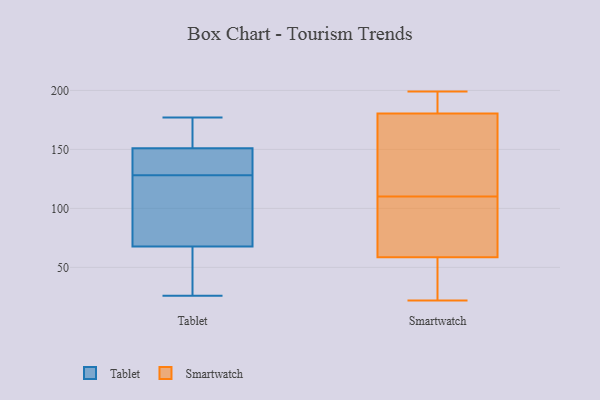
{"axis": {"x": "Customer Acquisition Cost (USD)", "y": "Value"}, "legend": ["Smartwatch", "Tablet"], "data": [{"x": "", "y": 128, "type": "Tablet"}, {"x": "", "y": 150, "type": "Tablet"}, {"x": "", "y": 173, "type": "Tablet"}, {"x": "", "y": 113, "type": "Tablet"}, {"x": "", "y": 47, "type": "Tablet"}, {"x": "", "y": 177, "type": "Tablet"}, {"x": "", "y": 146, "type": "Tablet"}, {"x": "", "y": 49, "type": "Tablet"}, {"x": "", "y": 74, "type": "Tablet"}, {"x": "", "y": 119, "type": "Tablet"}, {"x": "", "y": 26, "type": "Tablet"}, {"x": "", "y": 150, "type": "Tablet"}, {"x": "", "y": 154, "type": "Tablet"}, {"x": "", "y": 199, "type": "Smartwatch"}, {"x": "", "y": 90, "type": "Smartwatch"}, {"x": "", "y": 181, "type": "Smartwatch"}, {"x": "", "y": 22, "type": "Smartwatch"}, {"x": "", "y": 144, "type": "Smartwatch"}, {"x": "", "y": 179, "type": "Smartwatch"}, {"x": "", "y": 48, "type": "Smartwatch"}, {"x": "", "y": 29, "type": "Smartwatch"}, {"x": "", "y": 196, "type": "Smartwatch"}, {"x": "", "y": 91, "type": "Smartwatch"}, {"x": "", "y": 110, "type": "Smartwatch"}]}